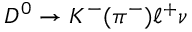
D ^ { 0 } \to K ^ { - } ( \pi ^ { - } ) \ell ^ { + } \nu